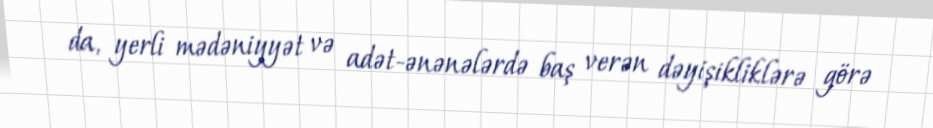
da, yerli mədəniyyət və adət-ənənələrdə baş verən dəyişikliklərə görə